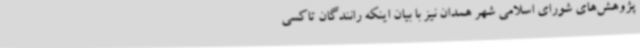
پژوهش‌های شورای اسلامی شهر همدان نیز با بیان اینکه رانندگان تاکسی